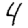
Digit: 4